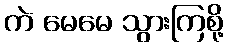
ကဲ မေမေ သွားကြစို့